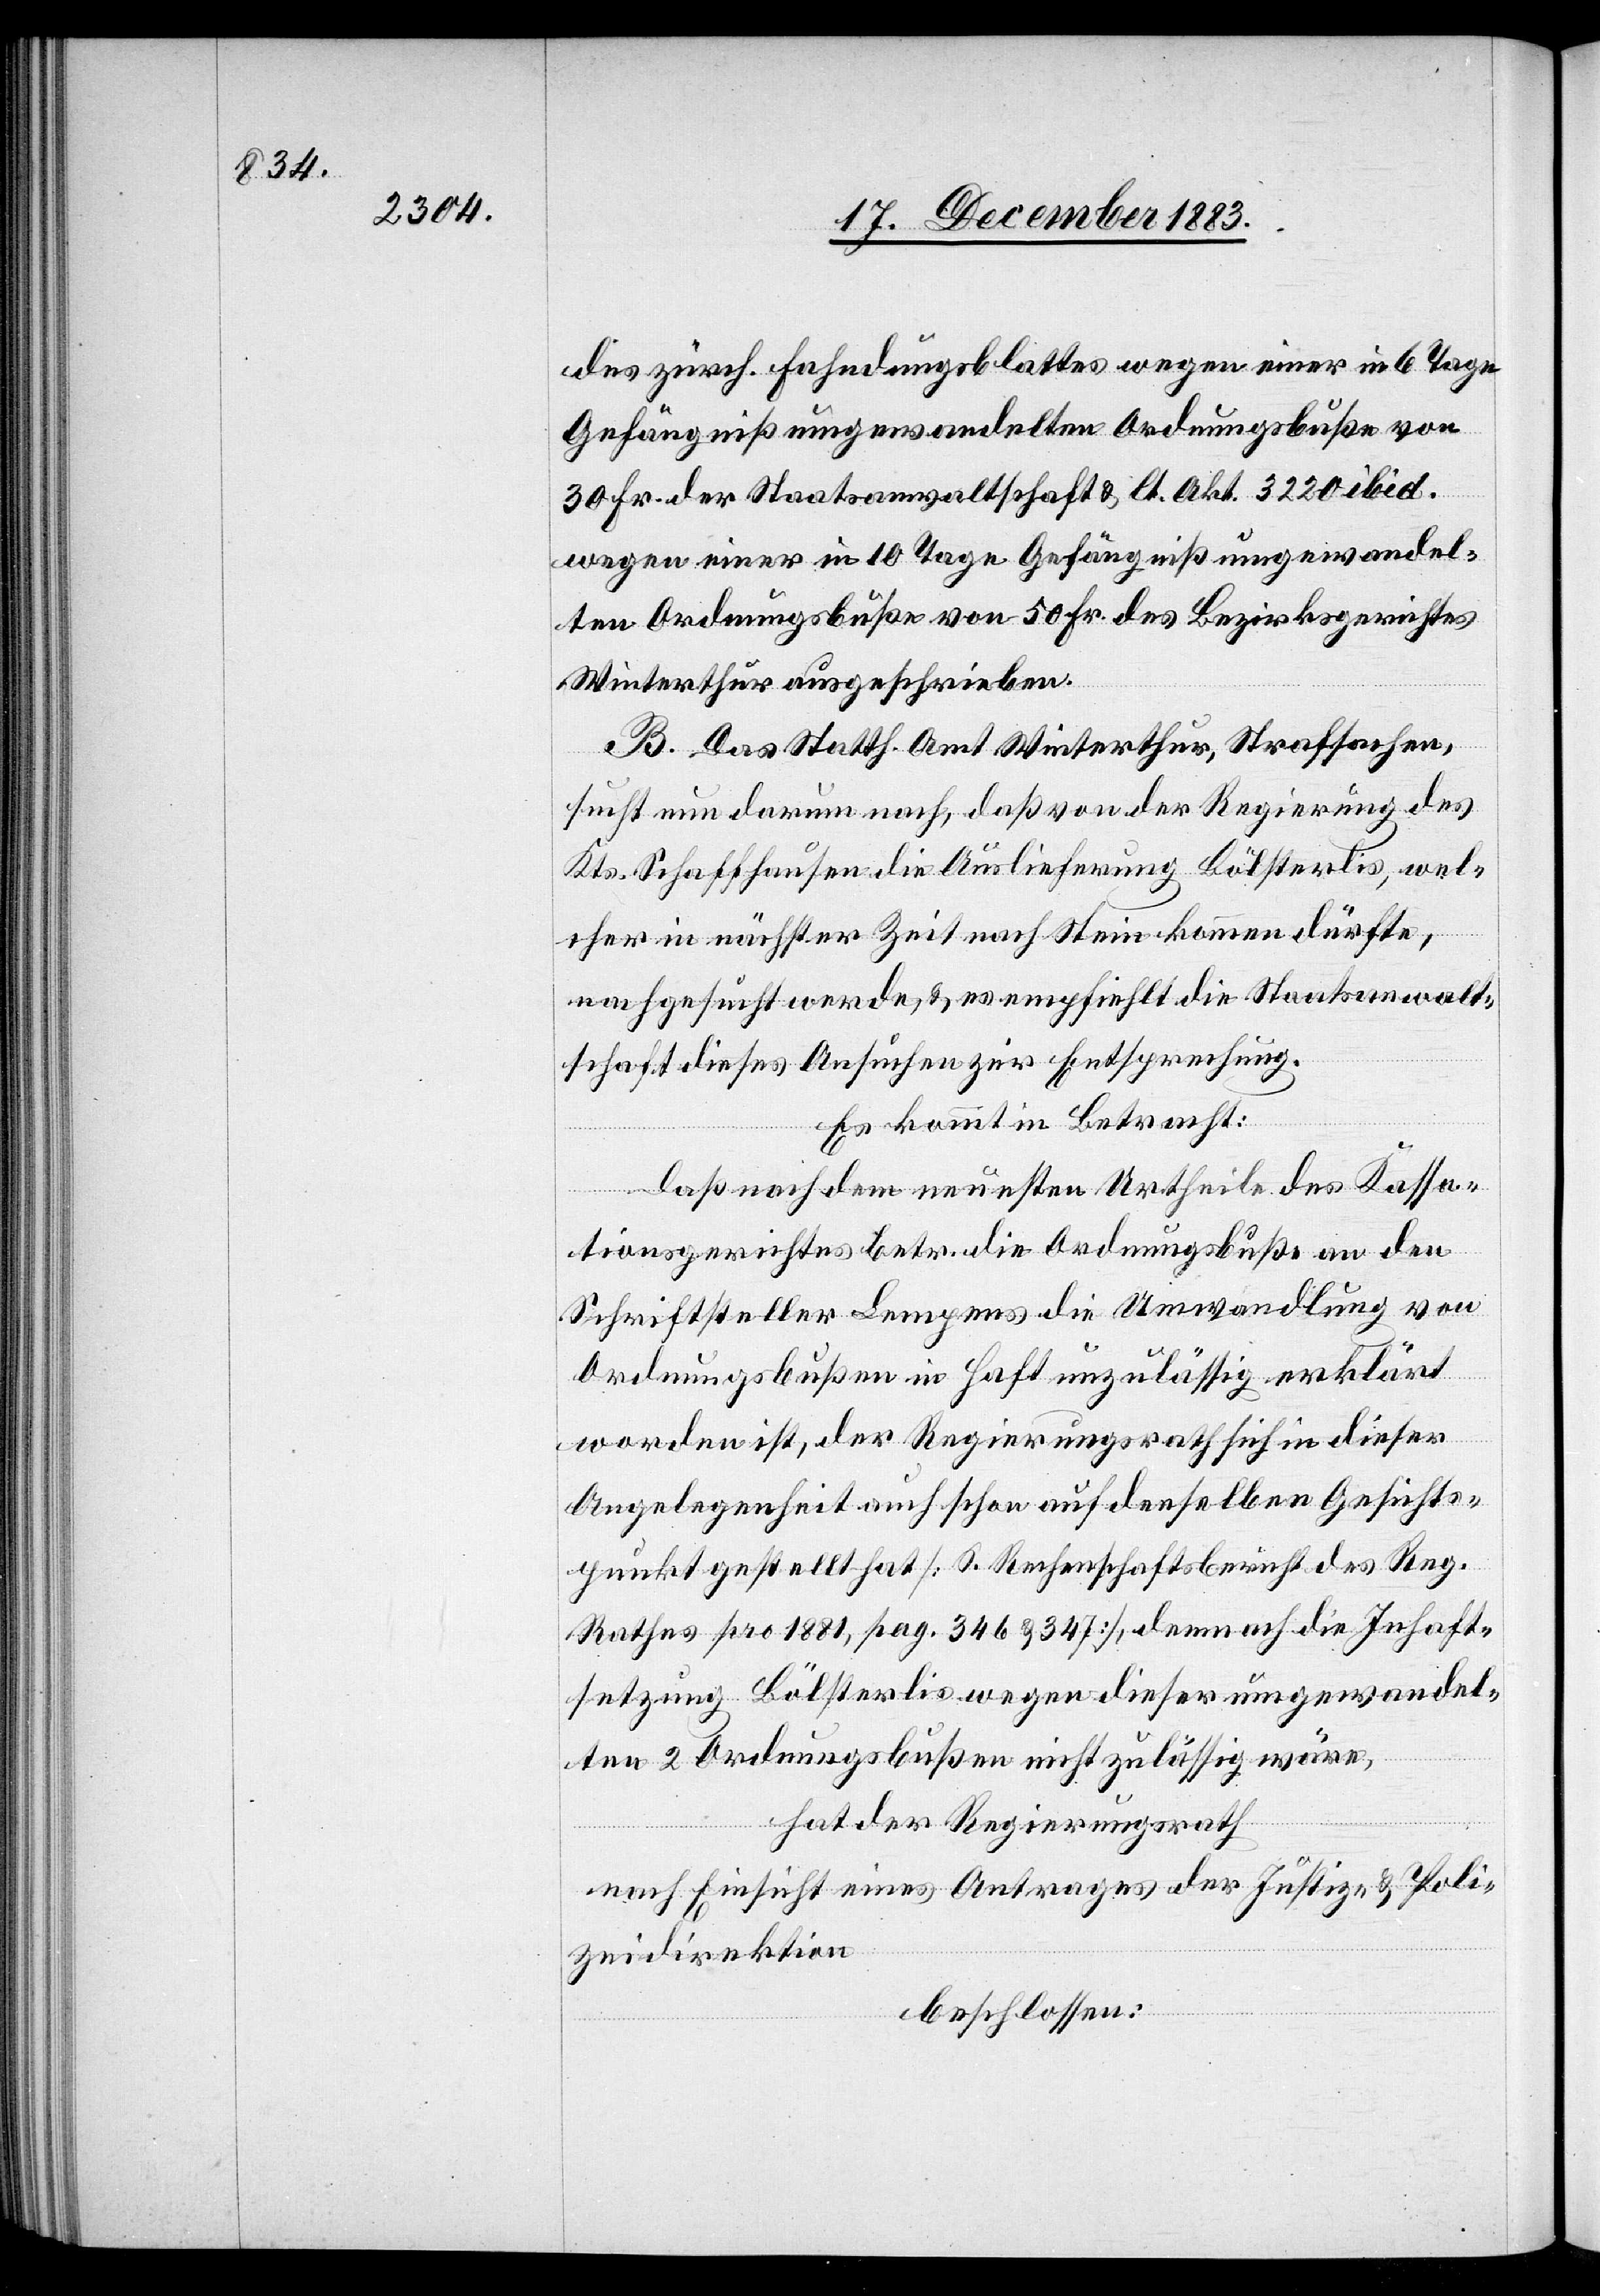
des zürch. Fahndungsblattes wegen einer in 6 Tage
Gefängniß umgewandelten Ordnungsbuße von
30 Fr. der Staatsanwaltschaft & lt. Akt. 3220 ibid.
wegen einer in 10 Tage Gefängniß umgewandel¬
ten Ordnungsbuße von 50 Fr. des Bezirksgerichtes
Winterthur[,] ausgeschrieben.
B. Das Statth. Amt Winterthur, Strafsachen,
sucht nun darum nach, daß von der Regierung des
Kts. Schaffhausen die Auslieferung Bölsterlis, wel¬
cher in nächster Zeit nach Stein kommen dürfte,
nachgesucht werde, & es empfiehlt die Staatsanwalt¬
schaft dieses Ansuchen zur Entsprechung.
Es kommt in Betracht:
daß nach dem neuesten Urtheile Kassa¬
tionsgerichtes betr. die Ordnungsbuße an den
Schriftsteller Lempens die Umwandlung von
Ordnungsbußen in Haft unzulässig erklärt
worden ist, der Regierungsrath sich in dieser
Angelegenheit auch schon auf denselben Gesichts¬
punkt gestellt hat [S. Rechenschaftsbericht des Reg.
Rathes pro 1881, pag. 346 & 347], demnach die Inhaft¬
setzung Bölsterlis wegen dieser umgewandel¬
ten 2 Ordnungsbußen nicht zulässig wäre,
hat der Regierungsrath
nach Einsicht eines Antrages der Justiz- & Poli¬
zeidirektion
beschlossen: